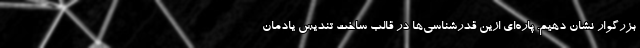
بزرگوار نشان دهیم. پاره‌ای ازین قدرشناسی‌ها در قالب ساخت تندیس یادمان